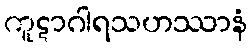
ကူဋာဂါရသဟဿာနံ